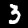
Label: 3